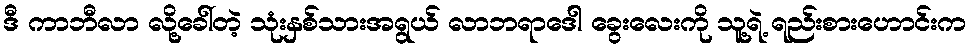
ဒီ ကာဘီလာ လို့ခေါ်တဲ့ သုံးနှစ်သားအရွယ် လာဘရာဒေါ ခွေးလေးကို သူ့ရဲ့ ရည်းစားဟောင်းက